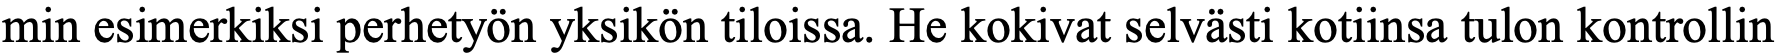
min esimerkiksi perhetyön yksikön tiloissa. He kokivat selvästi kotiinsa tulon kontrollin